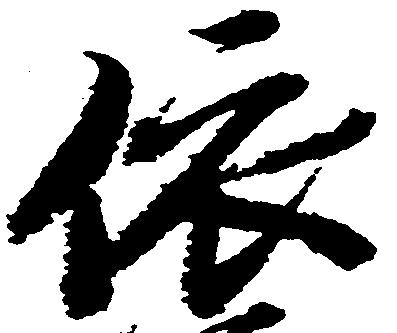
依